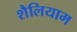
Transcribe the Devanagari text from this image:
शैलियाम